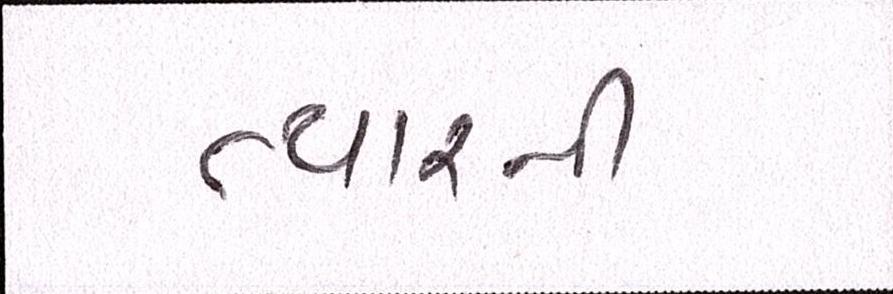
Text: ત્યારની